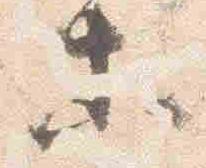
等